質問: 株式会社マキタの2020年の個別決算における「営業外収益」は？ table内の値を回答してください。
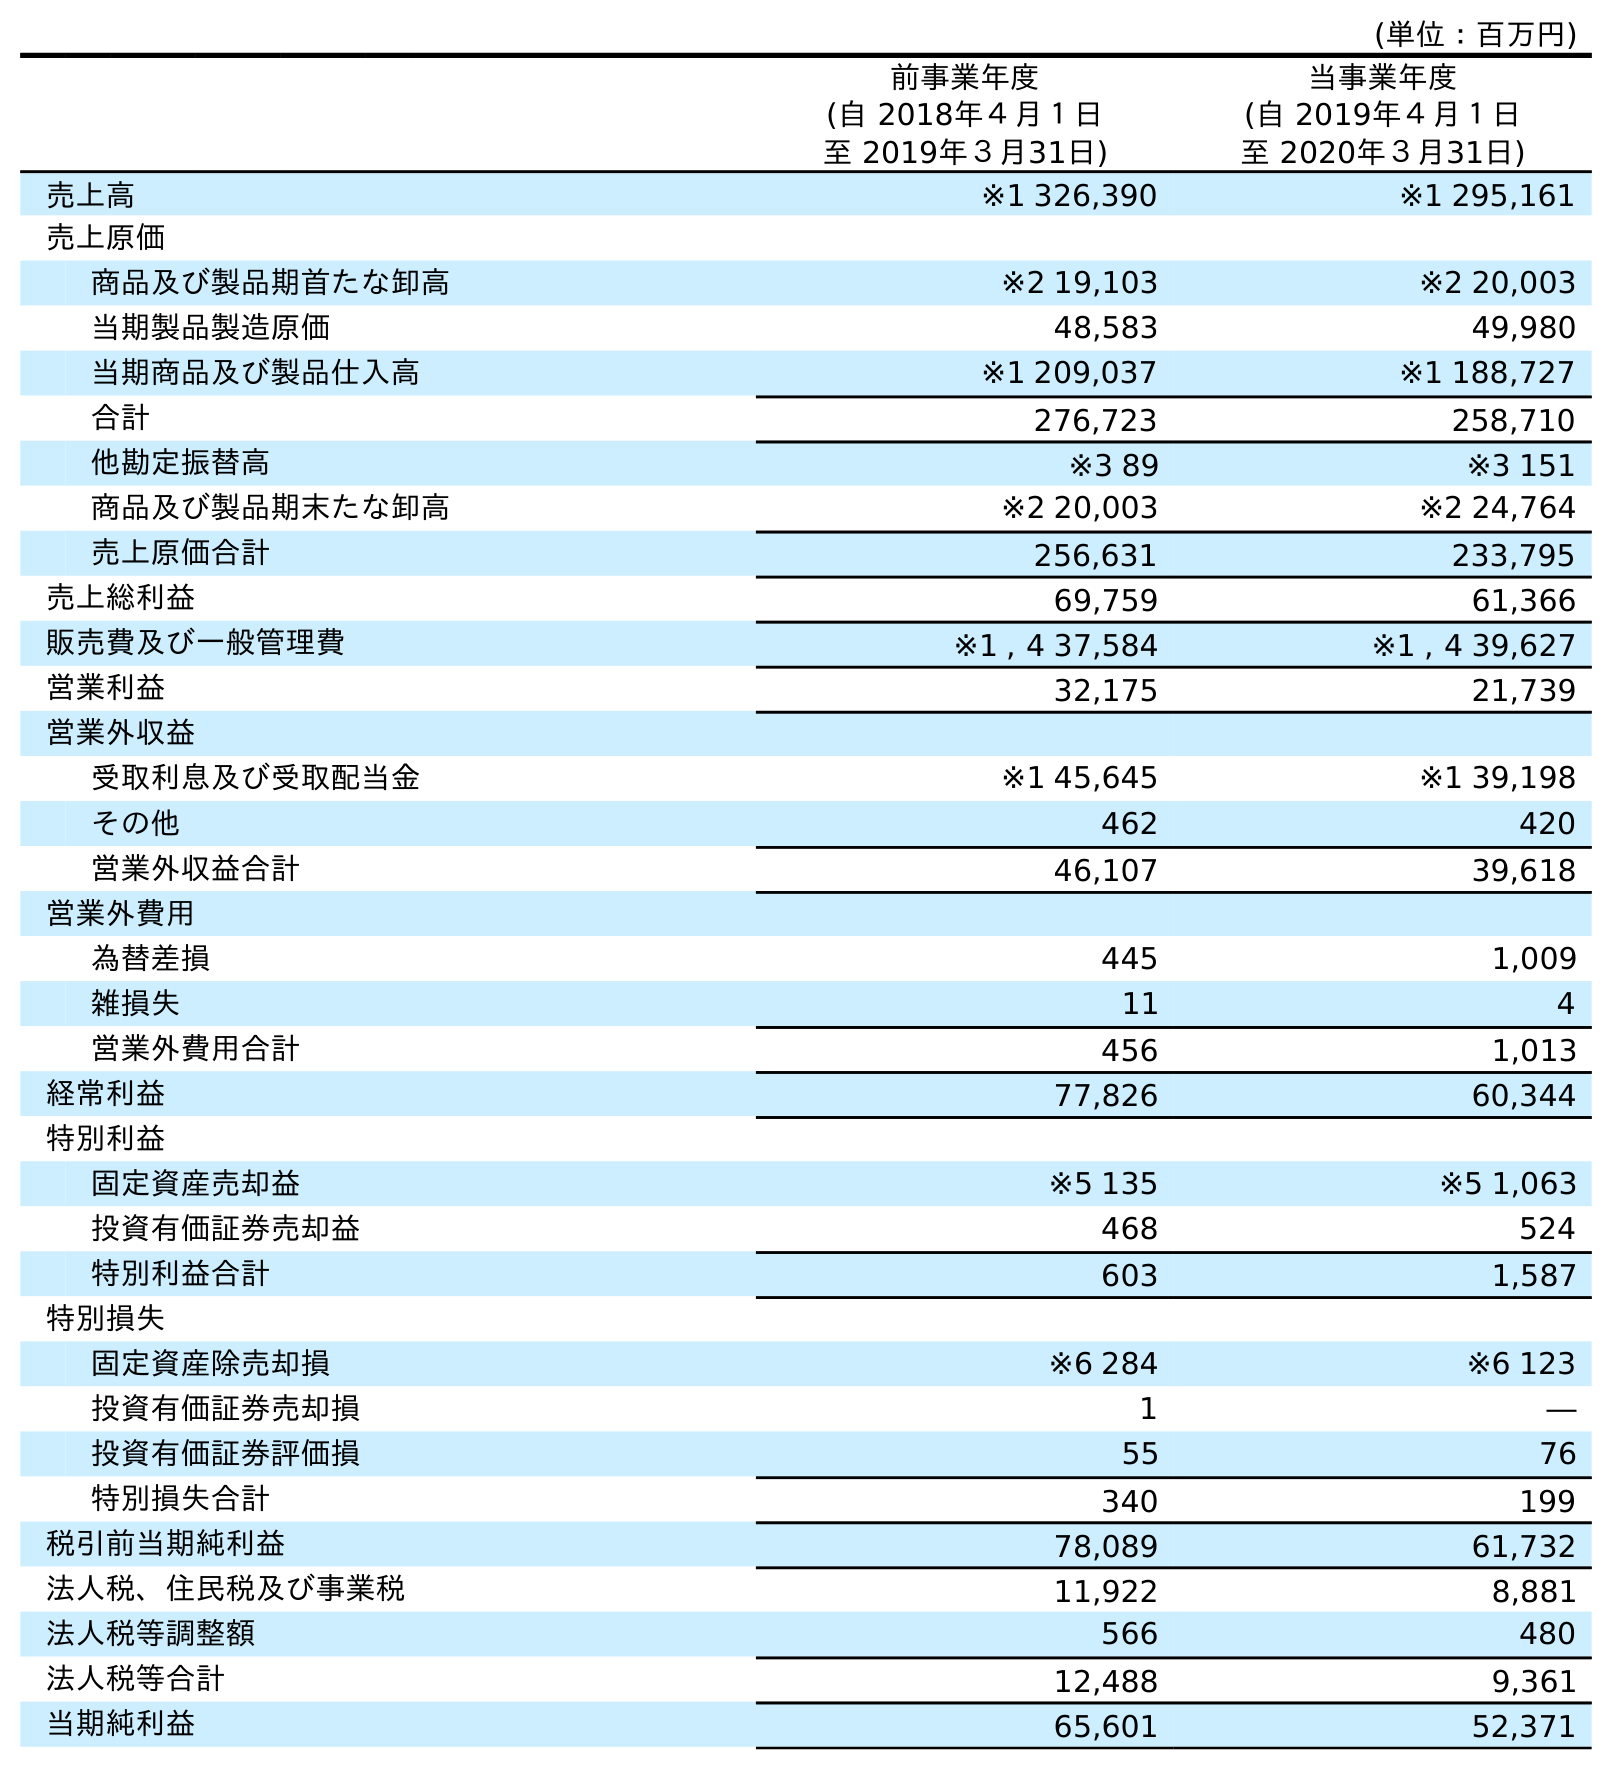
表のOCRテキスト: (単位：百万円) 前事業年度 (自 2018年４月１日 至 2019年３月31日) 当事業年度 (自 2019年４月１日 至 2020年３月31日) 売上高 ※1 326,390 ※1 295,161 売上原価 商品及び製品期首たな卸高 ※2 19,103 ※2 20,003 当期製品製造原価 48,583 49,980 当期商品及び製品仕入高 ※1 209,037 ※1 188,727 合計 276,723 258,710 他勘定振替高 ※3 89 ※3 151 商品及び製品期末たな卸高 ※2 20,003 ※2 24,764 売上原価合計 256,631 233,795 売上総利益 69,759 61,366 販売費及び一般管理費 ※1 , 4 37,584 ※1 , 4 39,627 営業利益 32,175 21,739 営業外収益 受取利息及び受取配当金 ※1 45,645 ※1 39,198 その他 462 420 営業外収益合計 46,107 39,618 営業外費用 為替差損 445 1,009 雑損失 11 4 営業外費用合計 456 1,013 経常利益 77,826 60,344 特別利益 固定資産売却益 ※5 135 ※5 1,063 投資有価証券売却益 468 524 特別利益合計 603 1,587 特別損失 固定資産除売却損 ※6 284 ※6 123 投資有価証券売却損 1 ― 投資有価証券評価損 55 76 特別損失合計 340 199 税引前当期純利益 78,089 61,732 法人税、住民税及び事業税 11,922 8,881 法人税等調整額 566 480 法人税等合計 12,488 9,361 当期純利益 65,601 52,371
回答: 39,618